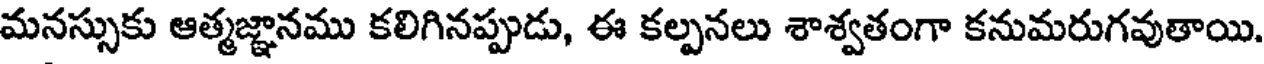
మనస్సుకు ఆత్మజ్ఞానము కలిగినప్పుడు, ఈ కల్పనలు శాశ్వతంగా కనుమరుగవుతాయి.